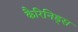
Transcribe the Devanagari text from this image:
कैरिनिड्स